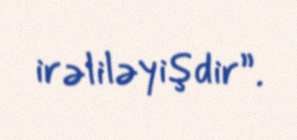
irəliləyişdir”.